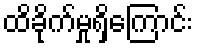
ထိခိုက်မှုရှိကြောင်း